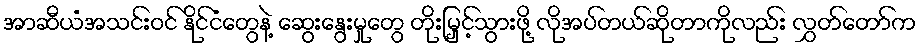
အာဆီယံအသင်းဝင် နိုင်ငံတွေနဲ့ ဆွေးနွေးမှုတွေ တိုးမြှင့်သွားဖို့ လိုအပ်တယ်ဆိုတာကိုလည်း လွှတ်တော်က